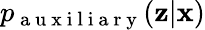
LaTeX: p_{\mathrm{~a~u~x~i~l~i~a~r~y~}}(\mathbf{z}|\mathbf{x})